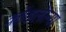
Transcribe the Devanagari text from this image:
कोंडलेल्या